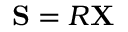
\mathbf { S } = R \mathbf { X }